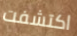
اكتشفت